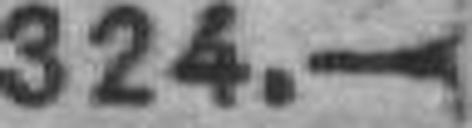
324.—